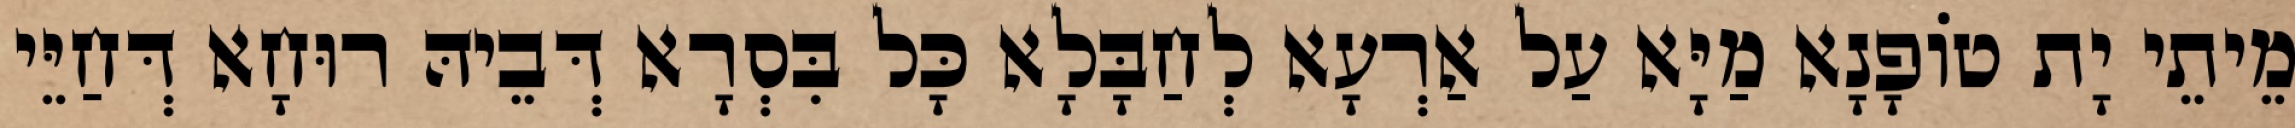
מֵיתֵי יָת טוֹפָנָא מַיָּא עַל אַרְעָא לְחַבָּלָא כָּל בִּסְרָא דְּבֵיהּ רוּחָא דְּחַיֵּי